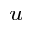
_ { u }